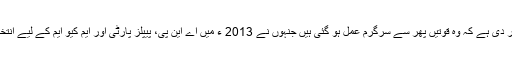
سانحہ پشاور نے ان خدشات کی پھر سے تصدیق کر دی ہے کہ وہ قوتیں پھر سے سرگرم عمل ہو گئی ہیں جنہوں نے 2013 ء میں اے این پی، پیپلز پارٹی اور ایم کیو ایم کے لیے انتخابی مہم کے دروازے بند اور میدان تنگ کر دیا تھا۔